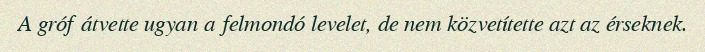
A gróf átvette ugyan a felmondó levelet, de nem közvetítette azt az érseknek.